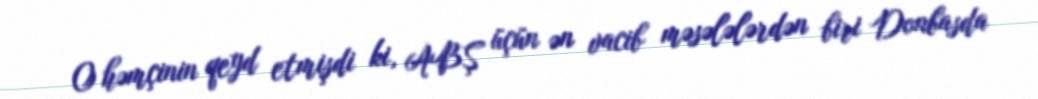
O həmçinin qeyd etmişdi ki, ABŞ üçün ən vacib məsələlərdən biri Donbasda